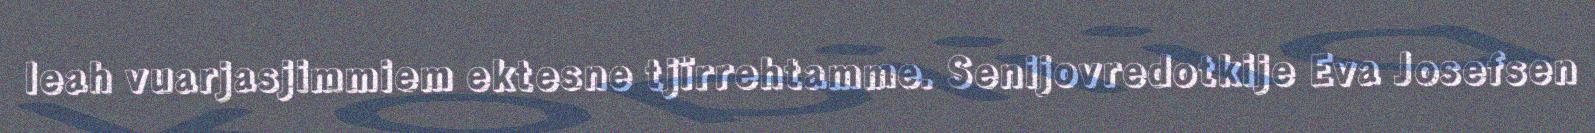
leah vuarjasjimmiem ektesne tjïrrehtamme. Senijovredotkije Eva Josefsen